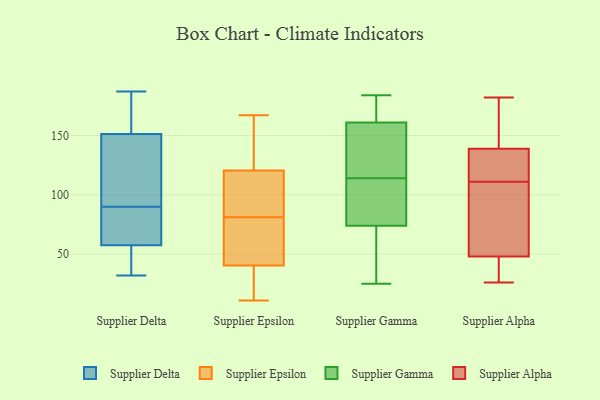
{"axis": {"x": "Page Views", "y": "Value"}, "legend": ["Supplier Alpha", "Supplier Delta", "Supplier Epsilon", "Supplier Gamma"], "data": [{"x": "", "y": 50, "type": "Supplier Delta"}, {"x": "", "y": 77, "type": "Supplier Delta"}, {"x": "", "y": 143, "type": "Supplier Delta"}, {"x": "", "y": 60, "type": "Supplier Delta"}, {"x": "", "y": 90, "type": "Supplier Delta"}, {"x": "", "y": 114, "type": "Supplier Delta"}, {"x": "", "y": 56, "type": "Supplier Delta"}, {"x": "", "y": 149, "type": "Supplier Delta"}, {"x": "", "y": 158, "type": "Supplier Delta"}, {"x": "", "y": 161, "type": "Supplier Delta"}, {"x": "", "y": 58, "type": "Supplier Delta"}, {"x": "", "y": 32, "type": "Supplier Delta"}, {"x": "", "y": 187, "type": "Supplier Delta"}, {"x": "", "y": 87, "type": "Supplier Epsilon"}, {"x": "", "y": 41, "type": "Supplier Epsilon"}, {"x": "", "y": 126, "type": "Supplier Epsilon"}, {"x": "", "y": 115, "type": "Supplier Epsilon"}, {"x": "", "y": 167, "type": "Supplier Epsilon"}, {"x": "", "y": 11, "type": "Supplier Epsilon"}, {"x": "", "y": 107, "type": "Supplier Epsilon"}, {"x": "", "y": 15, "type": "Supplier Epsilon"}, {"x": "", "y": 53, "type": "Supplier Epsilon"}, {"x": "", "y": 75, "type": "Supplier Epsilon"}, {"x": "", "y": 40, "type": "Supplier Epsilon"}, {"x": "", "y": 163, "type": "Supplier Epsilon"}, {"x": "", "y": 141, "type": "Supplier Gamma"}, {"x": "", "y": 31, "type": "Supplier Gamma"}, {"x": "", "y": 155, "type": "Supplier Gamma"}, {"x": "", "y": 161, "type": "Supplier Gamma"}, {"x": "", "y": 101, "type": "Supplier Gamma"}, {"x": "", "y": 113, "type": "Supplier Gamma"}, {"x": "", "y": 80, "type": "Supplier Gamma"}, {"x": "", "y": 25, "type": "Supplier Gamma"}, {"x": "", "y": 61, "type": "Supplier Gamma"}, {"x": "", "y": 184, "type": "Supplier Gamma"}, {"x": "", "y": 114, "type": "Supplier Gamma"}, {"x": "", "y": 148, "type": "Supplier Gamma"}, {"x": "", "y": 181, "type": "Supplier Gamma"}, {"x": "", "y": 163, "type": "Supplier Gamma"}, {"x": "", "y": 161, "type": "Supplier Gamma"}, {"x": "", "y": 92, "type": "Supplier Gamma"}, {"x": "", "y": 174, "type": "Supplier Gamma"}, {"x": "", "y": 53, "type": "Supplier Gamma"}, {"x": "", "y": 72, "type": "Supplier Gamma"}, {"x": "", "y": 111, "type": "Supplier Alpha"}, {"x": "", "y": 131, "type": "Supplier Alpha"}, {"x": "", "y": 182, "type": "Supplier Alpha"}, {"x": "", "y": 59, "type": "Supplier Alpha"}, {"x": "", "y": 69, "type": "Supplier Alpha"}, {"x": "", "y": 81, "type": "Supplier Alpha"}, {"x": "", "y": 123, "type": "Supplier Alpha"}, {"x": "", "y": 144, "type": "Supplier Alpha"}, {"x": "", "y": 34, "type": "Supplier Alpha"}, {"x": "", "y": 34, "type": "Supplier Alpha"}, {"x": "", "y": 26, "type": "Supplier Alpha"}, {"x": "", "y": 155, "type": "Supplier Alpha"}, {"x": "", "y": 41, "type": "Supplier Alpha"}, {"x": "", "y": 177, "type": "Supplier Alpha"}, {"x": "", "y": 46, "type": "Supplier Alpha"}, {"x": "", "y": 138, "type": "Supplier Alpha"}, {"x": "", "y": 139, "type": "Supplier Alpha"}, {"x": "", "y": 54, "type": "Supplier Alpha"}, {"x": "", "y": 123, "type": "Supplier Alpha"}]}